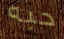
حبه